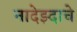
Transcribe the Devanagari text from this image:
नादेझ्दाचे